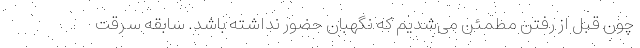
چون قبل از رفتن مطمئن می‌شدیم که نگهبان حضور نداشته باشد. سابقه سرقت